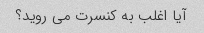
آیا اغلب به کنسرت می روید؟